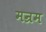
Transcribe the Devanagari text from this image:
मन्रम